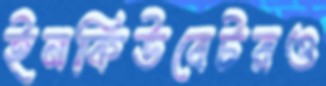
ইনকিউবেটরও